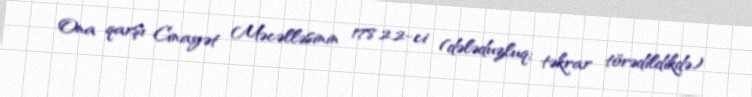
Ona qarşı Cinayət Məcəlləsinin 178.2.2-ci (dələduzluq; təkrar törədildikdə)